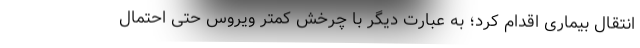
انتقال بیماری اقدام کرد؛ به عبارت دیگر با چرخش کمتر ویروس حتی احتمال